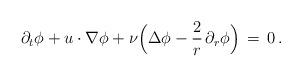
LaTeX: \begin{align*} \partial_t \phi + u\cdot\nabla\phi + \nu\Bigl(\Delta \phi - \frac2r\,\partial_r \phi\Bigr) \,=\, 0\,.\end{align*}